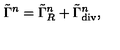
\tilde { \Gamma } ^ { n } = \tilde { \Gamma } _ { R } ^ { n } + \tilde { \Gamma } _ { \mathrm { d i v } } ^ { n } ,